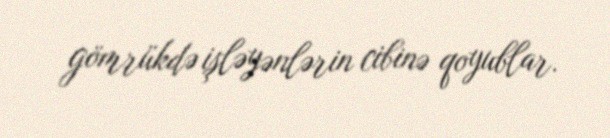
gömrükdə işləyənlərin cibinə qoyublar.